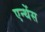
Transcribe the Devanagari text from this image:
एन्थेंस